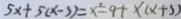
5 x + 5 ( x - 3 ) = x ^ { 2 } - 9 + x ( x + 3 )